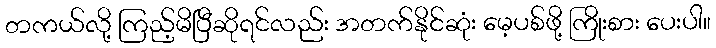
တကယ်လို့ ကြည့်မိပြီဆိုရင်လည်း အတက်နိုင်ဆုံး မေ့ပစ်ဖို့ ကြိုးစား ပေးပါ။